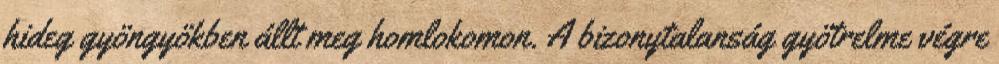
hideg gyöngyökben állt meg homlokomon. A bizonytalanság gyötrelme végre